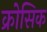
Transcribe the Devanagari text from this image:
क्रोसिक